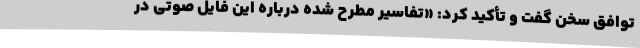
توافق سخن گفت و تأکید کرد: «تفاسیر مطرح شده درباره این فایل صوتی در